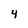
Character: 4